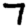
Digit: 7